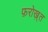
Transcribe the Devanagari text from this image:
फ़रोख़्त